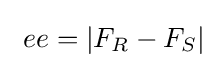
\ ee=|F_{R}-F_{S}|